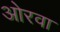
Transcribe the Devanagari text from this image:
ओरवा